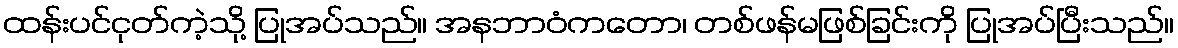
ထန်းပင်ငုတ်ကဲ့သို့ ပြုအပ်သည်။ အနဘာဝံကတော၊ တစ်ဖန်မဖြစ်ခြင်းကို ပြုအပ်ပြီးသည်။